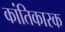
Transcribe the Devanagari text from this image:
कांतिकारक